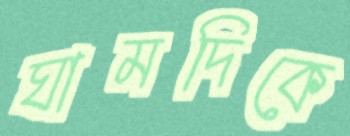
ঘামদিকে